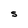
Character: S